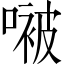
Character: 𫫢